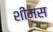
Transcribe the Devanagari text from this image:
शीमस